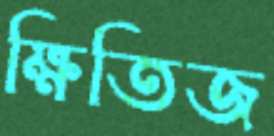
ক্ষিতিজ